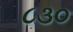
૮૩૦